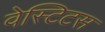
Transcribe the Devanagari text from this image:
वेस्टिटस